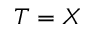
T = X